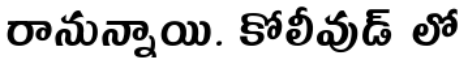
రానున్నాయి. కోలీవుడ్ లో